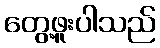
တွေ့ဖူးပါသည်